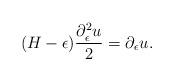
LaTeX: \begin{align*}(H-\epsilon)\frac{\partial_\epsilon^2 u}{2}=\partial_\epsilon u.\end{align*}